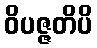
ဝိပဇ္ဇတိပိ